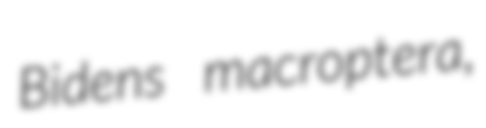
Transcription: Bidens macroptera,